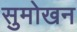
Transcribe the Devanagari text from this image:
सुमोखन